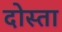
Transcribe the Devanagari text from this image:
दोस्ता